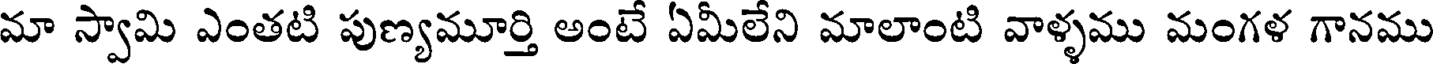
మా స్వామి ఎంతటి పుణ్యమూర్తి అంటే ఏమీలేని మాలాంటి వాళ్ళము మంగళ గానము